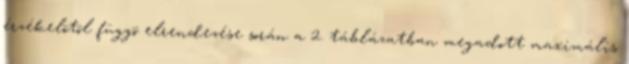
érzékelõtõl függõ elrendezése során a 2. táblázatban megadott maximális